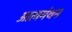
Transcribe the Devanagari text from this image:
आत्ममंथन